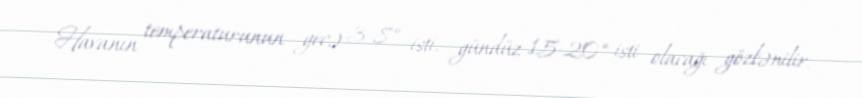
Havanın temperaturunun gecə 3-8° isti, gündüz 15-20° isti olacağı gözlənilir.